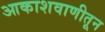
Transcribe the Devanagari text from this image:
आकाशवाणीतून